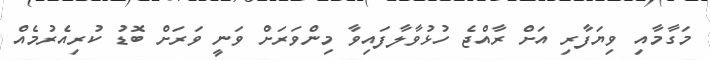
މަގާމާއި ވިޔަފާރި އަށް ރާއްޖެ ހުޅުވާލާފައިވާ މިންވަރަށް ވަނީ ވަރަށް ބޮޑު ކުރިއެރުމެއް